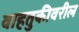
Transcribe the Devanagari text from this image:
वाहतुकीवरील